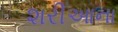
શરીઆના